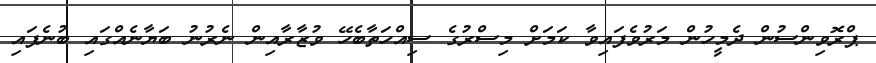
ޕްރޮވިންސުން ދެމީހުން މަރުވެފައިވާ ކަމަށް މިސްރުގެ ސިއްހަތާބެހޭ ވުޒާރާއިން ނެރުނު ބަޔާނެއްގައި ބުނެފައި